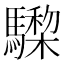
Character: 𩦅